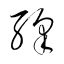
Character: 繹